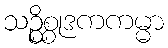
သဉ္စိစ္စုဒကကမ္မာ